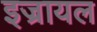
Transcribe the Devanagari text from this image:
इज्रायल